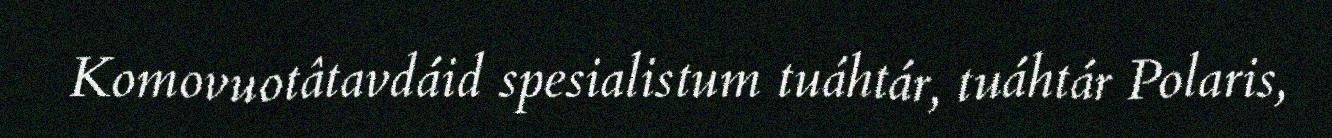
Komovuotâtavdáid spesialistum tuáhtár, tuáhtár Polaris,